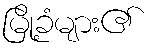
မြို့ခံများ၏